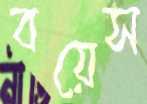
বয়েস